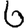
Digit: 6